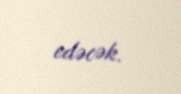
edəcək.